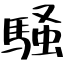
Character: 騒